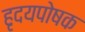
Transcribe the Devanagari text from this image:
हृदयपोषक